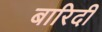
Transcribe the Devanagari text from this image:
बारिदी